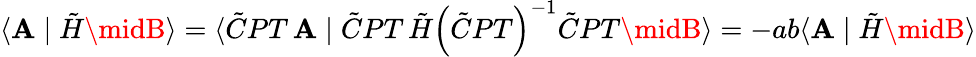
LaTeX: \langle\mathbf{A}\mid\tilde{{H}}\midB\rangle=\langle\tilde{{C}}PT\, \mathbf{A}\mid\tilde{{C}}PT\, \tilde{{H}}\left(\tilde{{C}}PT\right)^{-1}\tilde{{C}}PT\midB\rangle=-ab\langle\mathbf{A}\mid\tilde{{H}}\midB\rangle